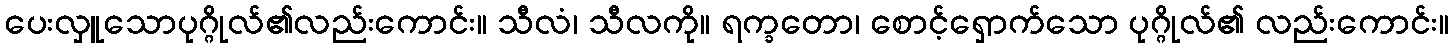
ပေးလှူသောပုဂ္ဂိုလ်၏လည်းကောင်း။ သီလံ၊ သီလကို။ ရက္ခတော၊ စောင့်ရှောက်သော ပုဂ္ဂိုလ်၏ လည်းကောင်း။